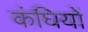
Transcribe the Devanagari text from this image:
कंघियों